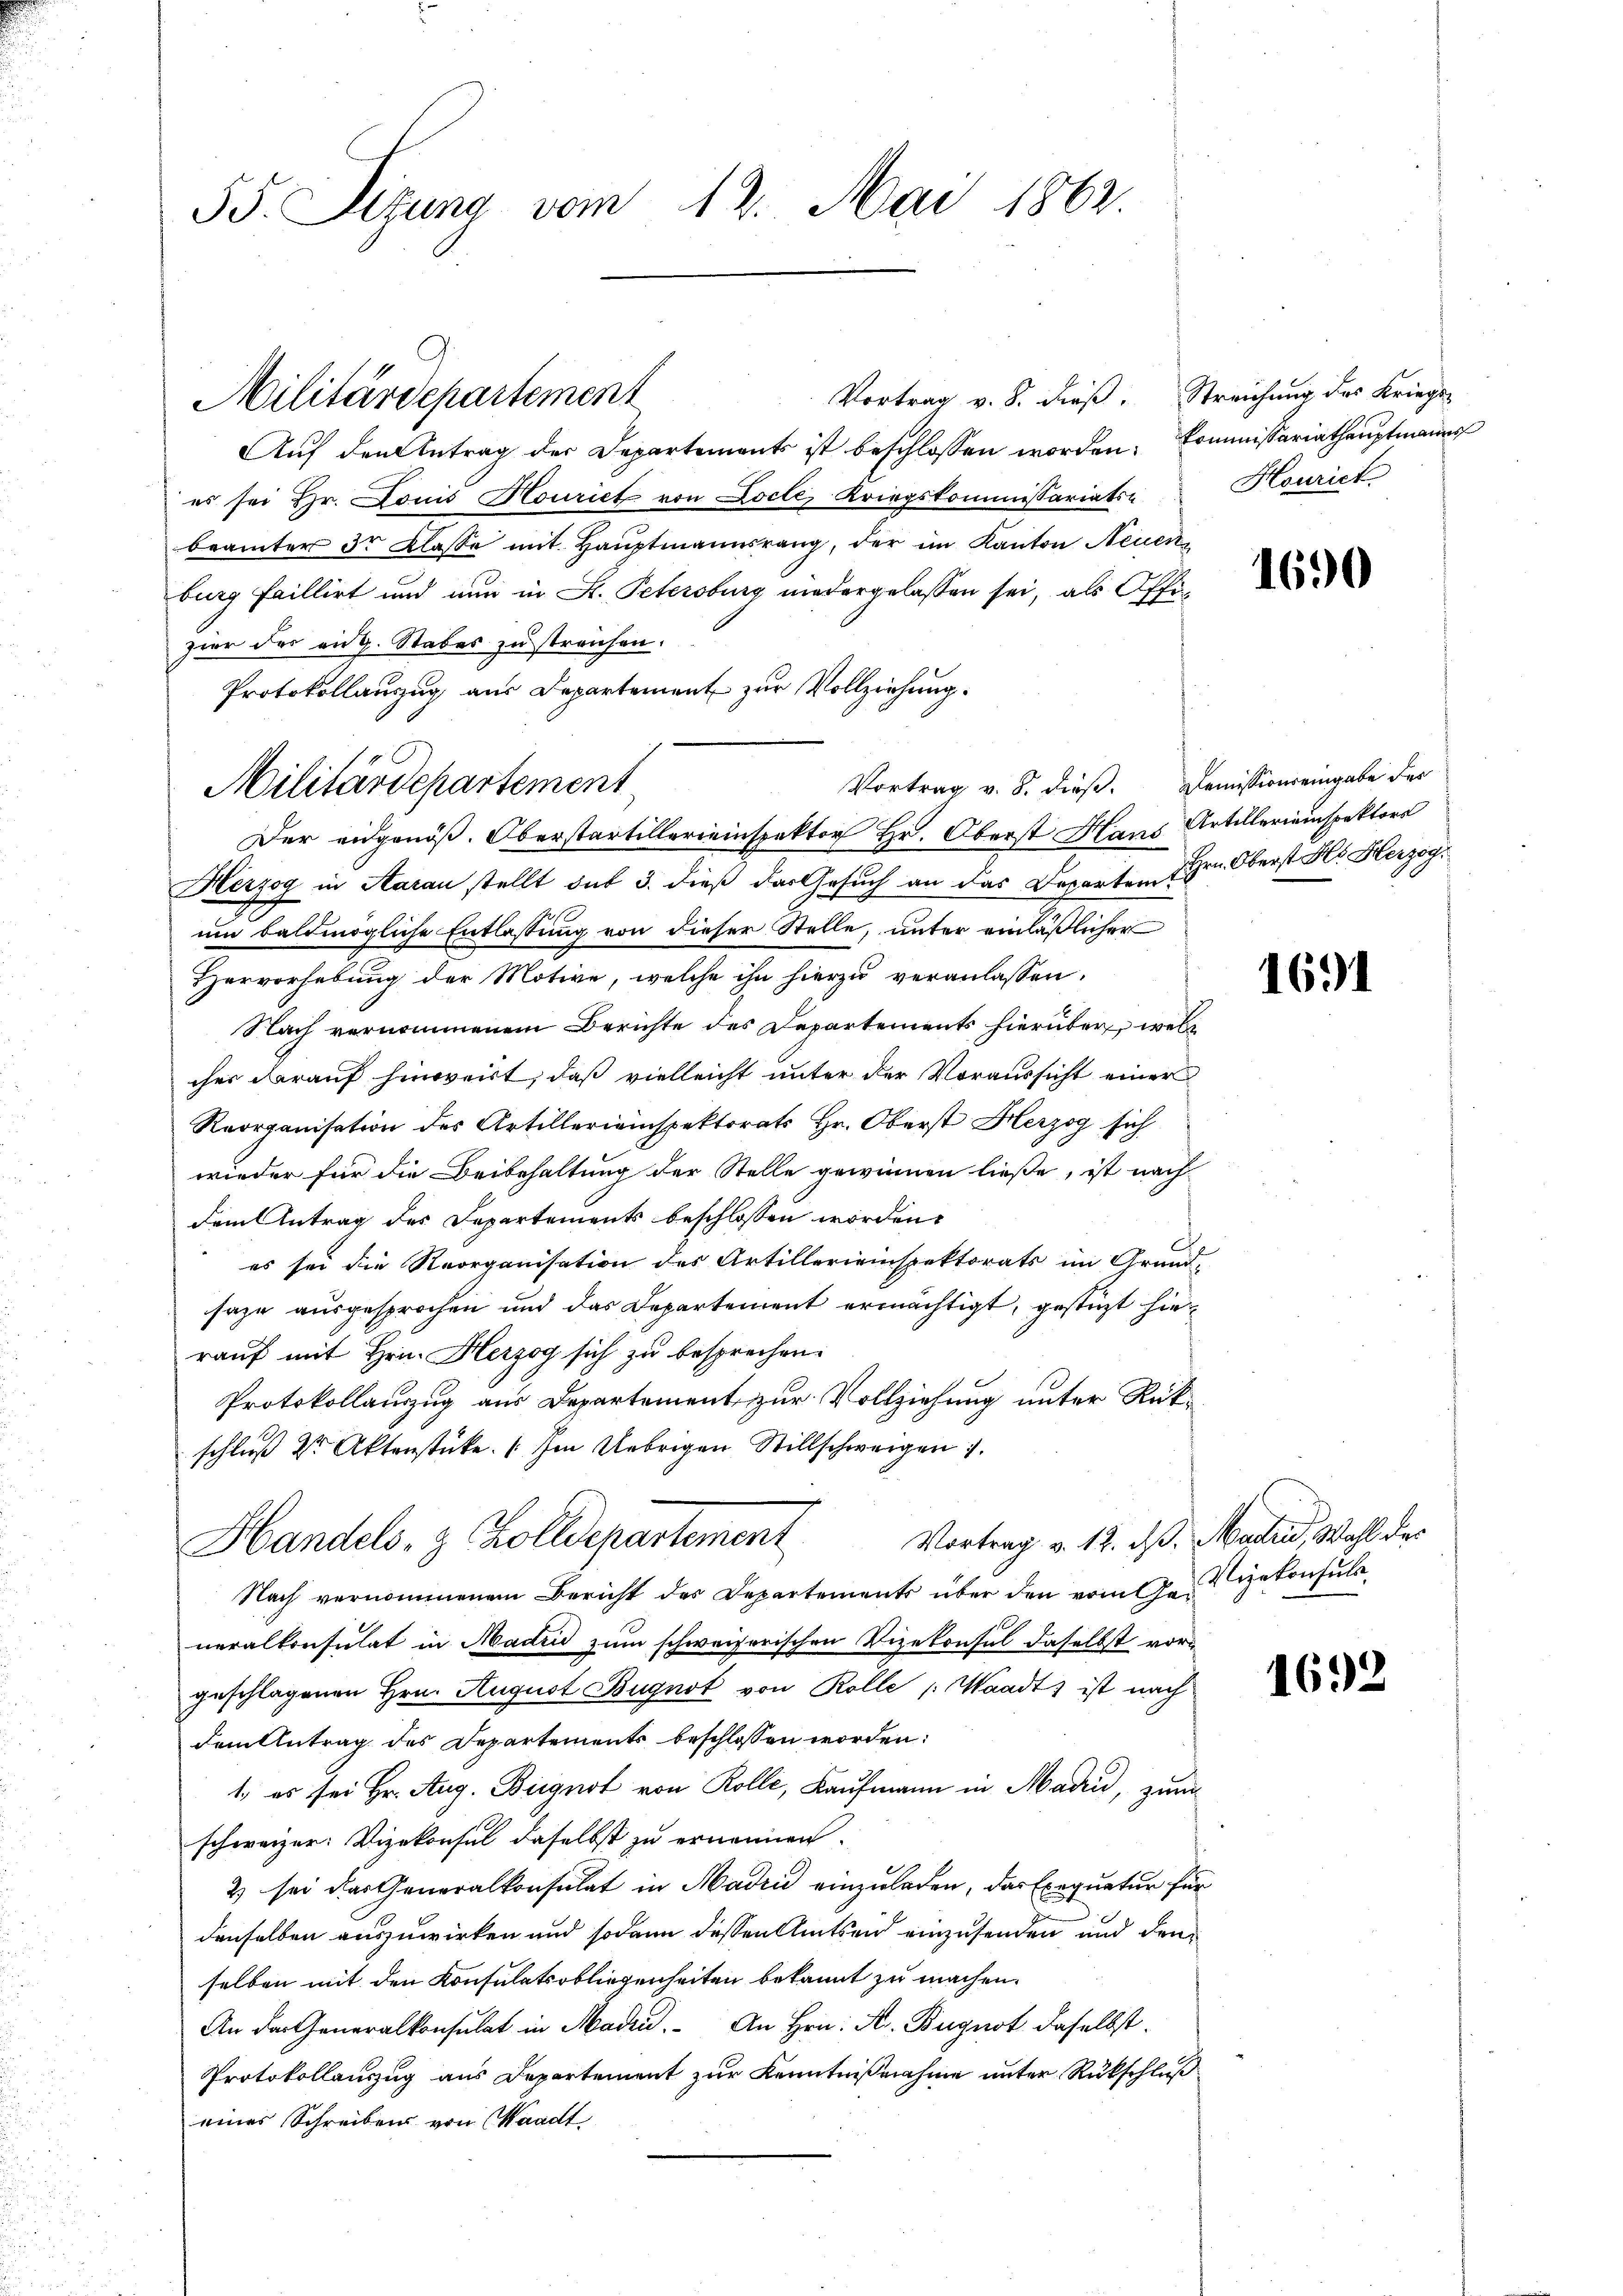
55. Sizung vom 12. Mai 1862.

Vortrag v. 8. dieß. Streichung des Kriegs-
Auf den Antrag der Departements ist beschlossen worden. Commissariathauptmanns
es sei Hr. Louis Houriet von Locte, Kriegskommissariats- Houriet
beämter 3r Klasse mit Haŭptmannsrang, der im Kanton Neuen
burg faillirt und nun in K. Petersburg niedergelassen sei, als Offizier des aug. Stabes zu streichen.
Protokollauszug aus Departement zur Vollziehung.
Der eidgenöß. Oberstartillereinspektor Hr. Oberst Hans Artillerieinspektors
Herzog in Aarau stellt sub 3. dieß der Gesuch an das Departem Hrn. Oberst Hs. Herzog¬
1
um baldmögliche Entlaßung von dieser Stelle, unter einläßlicher
Hervorhebung der Motive, welche ihn hierzu veranlassen.
Nach vernommenem Berichte des Departements hierüber, wel
cher darauf hinweist, daß vielleicht unter der Voraussicht einer
Reorganisation des Artillerieinspektorats Hr. Oberst Herzog sich
wieder für die Beibehaltung der Stelle gewinnen ließe, ist nach
dem Antrag des Departements beschlossen worden,
es sei die Reorganisation des Artillerieinspektorats im Grund-
saze ausgesprochen und das Departement ermächtigt, gestüzt hier
rauf mit Hrn. Herzog sich zu besprechen.
Protokollauszug aus Departement zur Vollziehung unter Rükschluß Dr Aktenstücke. Im Uebrigen Stillschweigen 7.
Handels- & Zolldepartement Vortrag v. 12. ds. Marti, Wahl der
Nach vernommenem Bericht des Departements über den vom Geizekonsuls
neralkonsulat in Madin zum schweizerischen Vizekonsul daselbst vorgeschlagenen Hrn. August Bugnot von Rolle (Waadt) ist nach
dem Antrag des Departements beschlossen worden.
1., es sei Hr. Aug. Bignot von Rolle, Kaufmann in Maden, zum
schweizer: Vizekonsul daselbst zu ernennen.
2) sei das Generalkonsulat in Madin einzuladen, das Exequatur für
denselben auszuwirken und sodann dessen Amtsein einzusenden und den
selben mit den Konsulatsobliegenheiten bekannt zu machen.
An der Generalkonsulat in Mad. An Hrn. A. Bugnot daselbst.
Protokollauszug aus Departement zur Kenntnißnahme unter Rückschluß
eines Schreiben von Waadt

Militärdepartement

Militärdepartement

Vortrag v. 8. dieß. Demissionseingabe der

1690

1691

1692